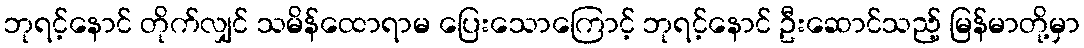
ဘုရင့်နောင် တိုက်လျှင် သမိန်ထောရာမ ပြေးသောကြောင့် ဘုရင့်နောင် ဦးဆောင်သည့် မြန်မာတို့မှာ